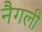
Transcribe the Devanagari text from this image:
नैगली